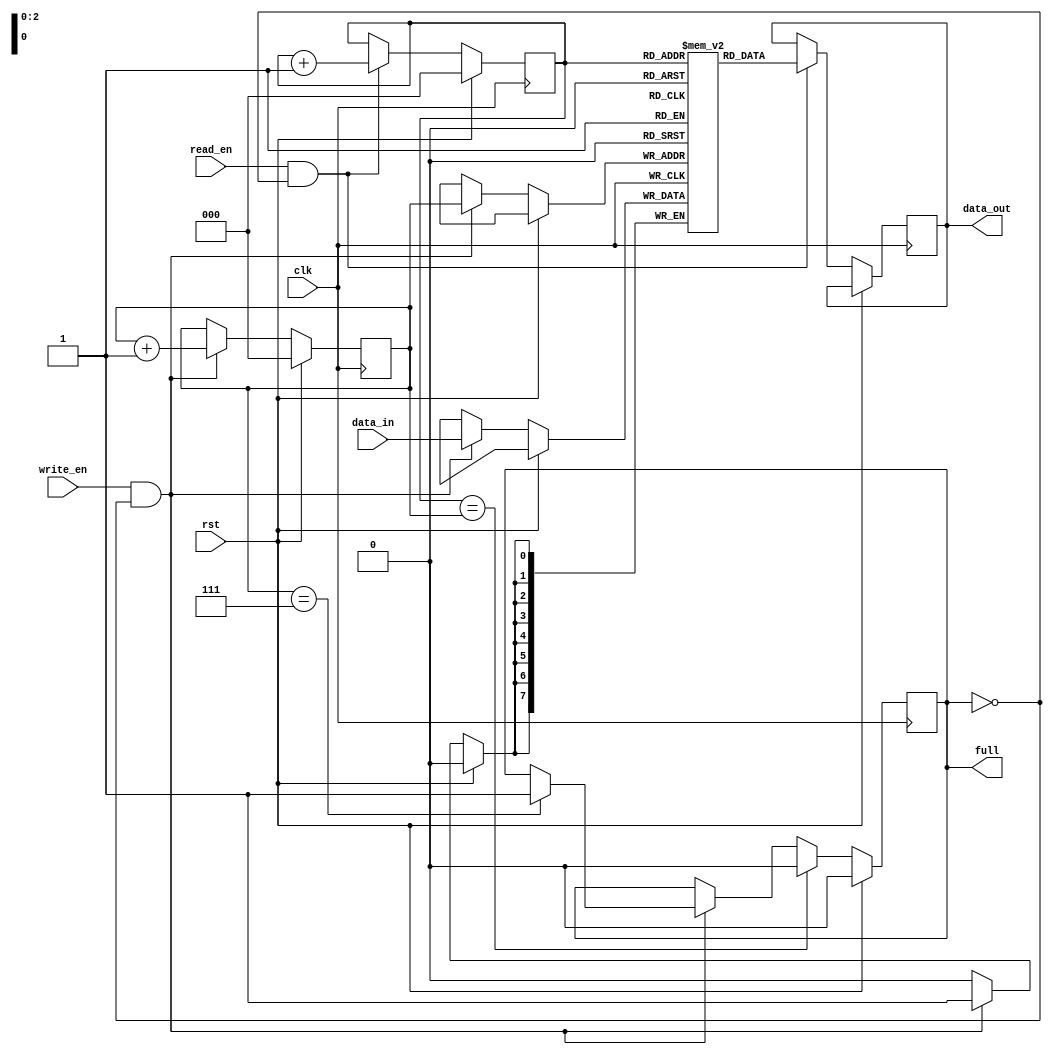
module almost_full_fifo(
    input wire clk,
    input wire rst,
    input wire write_en,
    input wire read_en,
    input wire [7:0] data_in,
    output wire [7:0] data_out,
    output wire full
);

reg [7:0] fifo [0:7];
reg [2:0] write_ptr;
reg [2:0] read_ptr;
reg full_flag;

always @(posedge clk) begin
    if (rst) begin
        write_ptr <= 3'b0;
        read_ptr <= 3'b0;
        full_flag <= 1'b0;
    end else begin
        if (write_en && !full_flag) begin
            fifo[write_ptr] <= data_in;
            write_ptr <= write_ptr + 1;
            if (write_ptr == 3'b111) begin
                full_flag <= 1'b1;
            end
        end
        
        if (read_en && !full_flag) begin
            data_out <= fifo[read_ptr];
            read_ptr <= read_ptr + 1;
        end
        
        if (read_ptr == write_ptr) begin
            full_flag <= 1'b0;
        end
    end
end

assign full = full_flag;

endmodule